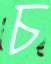
চ